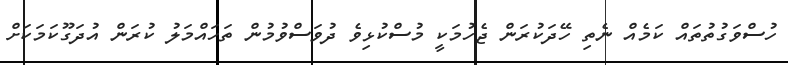
ހުސްވަގުތުތައް ކަމެއް ނެތި ހޭދަކުރަން ޖެހުމަކީ މުސްކުޅިވެ ދުވަސްވުމުން ތަހައްމަލު ކުރަން އުދަގޫކަމަކަށް